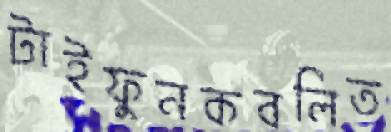
টাইফুনকবলিত